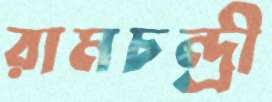
রামচন্দ্রী